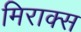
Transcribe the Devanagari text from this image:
मिराक्स